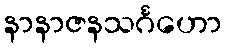
နာနာဇနသင်္ဂဟော